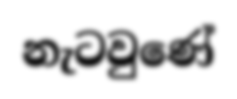
නැටවුණේ